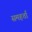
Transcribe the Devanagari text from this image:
समहर्ता